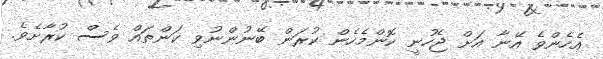
އެހެންވެ އޭނާ އަށް ޖެހުނީ ކޮންމެހެން ކުރަން ބޭނުންނުވި ކަންތައް ވެސް ކުރާށެވެ.